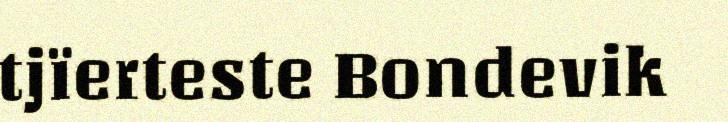
tjïerteste Bondevik